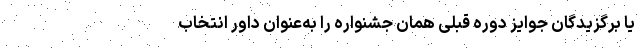
یا برگزیدگان جوایز دوره قبلی همان جشنواره را به‌عنوان داور انتخاب